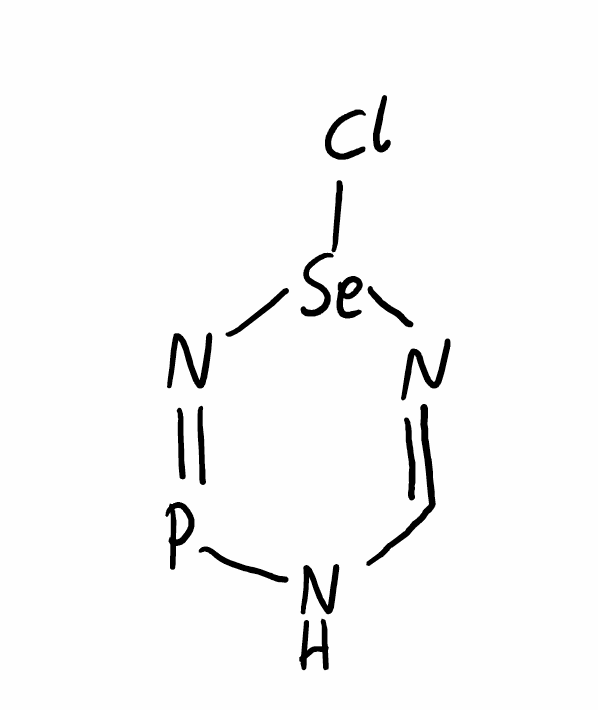
Simplified molecular-input line-entry system (SMILES) notation of the given molecule:
C1=N[Se](N=PN1)Cl